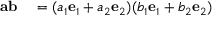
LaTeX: \begin{array} { r l } { \mathbf { a } \mathbf { b } } & { { } = ( a _ { 1 } \mathbf { e } _ { 1 } + a _ { 2 } \mathbf { e } _ { 2 } ) ( b _ { 1 } \mathbf { e } _ { 1 } + b _ { 2 } \mathbf { e } _ { 2 } ) } \end{array}